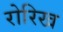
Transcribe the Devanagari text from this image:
रोरिख